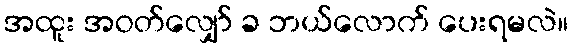
အထူး အဝတ်လျှော် ခ ဘယ်လောက် ပေးရမလဲ။